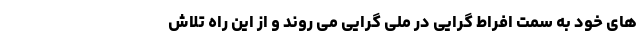
های خود به سمت افراط گرایی در ملی گرایی می روند و از این راه تلاش